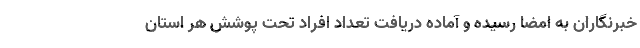
خبرنگاران به امضا رسیده و آماده دریافت تعداد افراد تحت پوشش هر استان